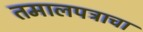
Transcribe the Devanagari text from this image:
तमालपत्राचा